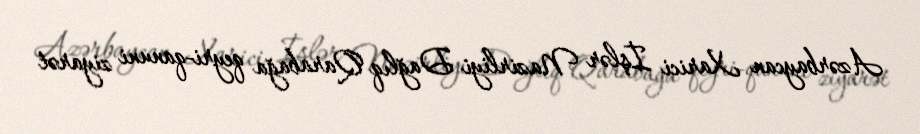
Azərbaycan Xarici İşlər Nazirliyi Dağlıq Qarabağa qeyri-qanuni ziyarət